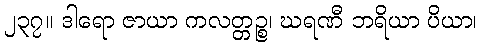
၂၃၇။ ဒါရော ဇာယာ ကလတ္တဉ္စ၊ ဃရဏီ ဘရိယာ ပိယာ၊